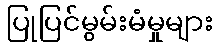
ပြုပြင်မွမ်းမံမှုများ